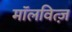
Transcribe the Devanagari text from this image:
मॉलवित्ज़